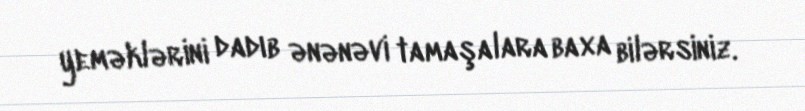
yeməklərini dadıb ənənəvi tamaşalara baxa bilərsiniz.